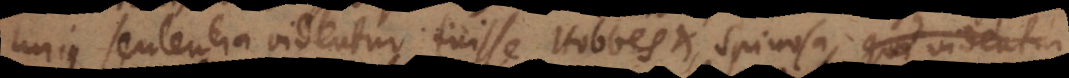
hujus sententiae videntur fuisse Hobbes et Spinosa, quorum ille